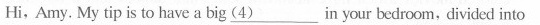
Hi,Amy. My tip is to have a big \underline{(4)} in your bedroom, divided into